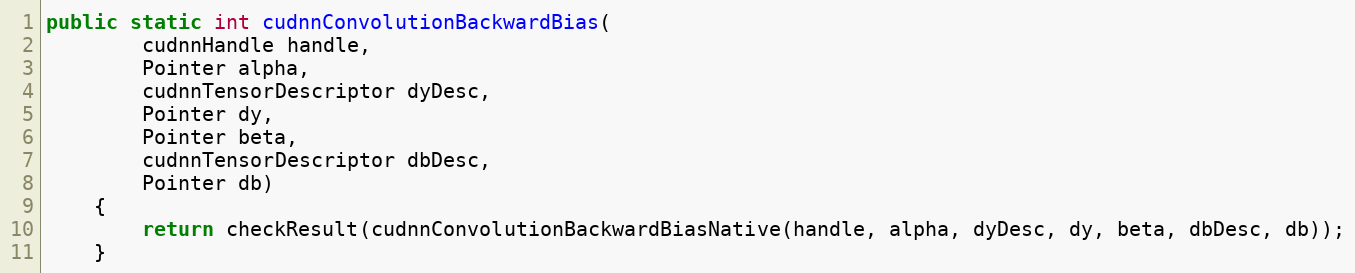
Language: Java
public static int cudnnConvolutionBackwardBias(
        cudnnHandle handle,
        Pointer alpha,
        cudnnTensorDescriptor dyDesc,
        Pointer dy,
        Pointer beta,
        cudnnTensorDescriptor dbDesc,
        Pointer db)
    {
        return checkResult(cudnnConvolutionBackwardBiasNative(handle, alpha, dyDesc, dy, beta, dbDesc, db));
    }